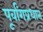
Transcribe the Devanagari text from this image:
पूर्वांगप्रधान